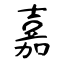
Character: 嘉